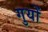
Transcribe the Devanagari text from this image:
गुयों